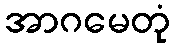
အာဂမေတုံ